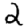
Digit: 2